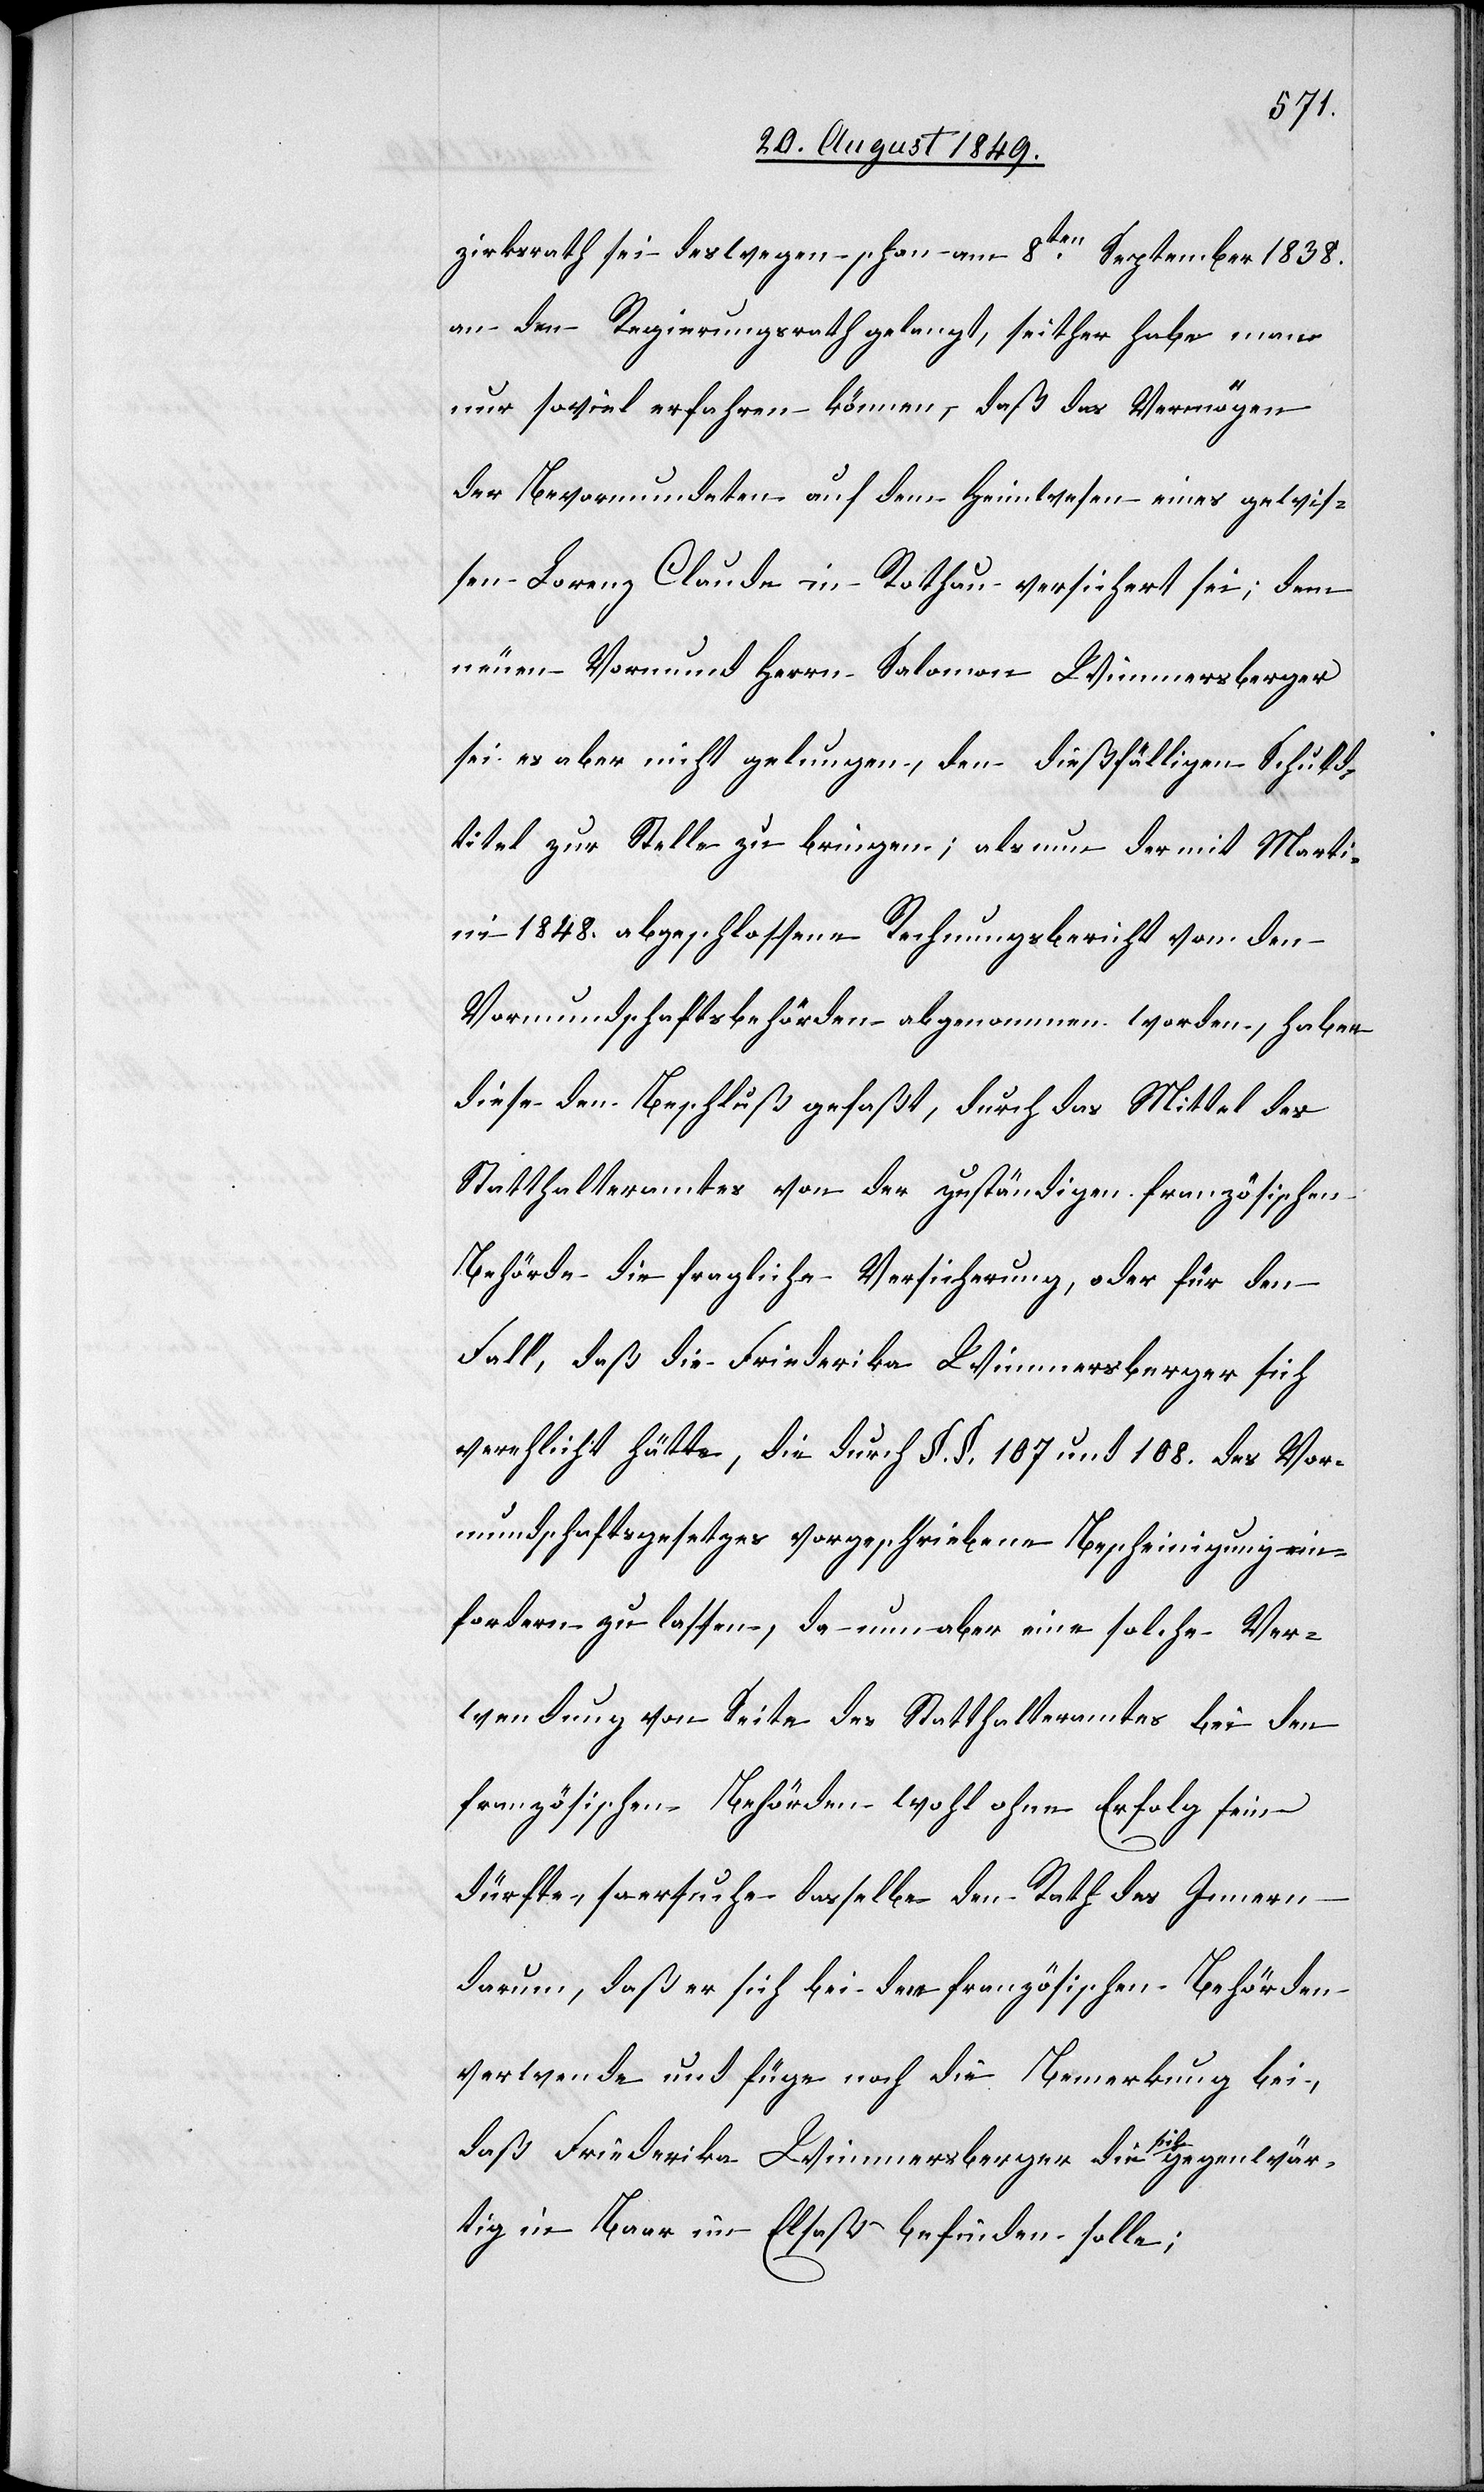
zirksrath sei deswegen am 8ten September 1838.
an den Regierungsrath gelangt, seither habe man
nur soviel erfahren können, daß das Vermögen
der Bevormundeten auf dem Heimwesen eines gewis¬
sen Lorenz Claude in Rothau versichert sei; dem
neuen Vormund Herrn Salomon Wimmersberger
sei es aber nicht gelungen, den dießfälligen Schuld¬
titel zur Stelle zu bringen; als nun der mit Marti¬
ni 1848. abgeschlossene Rechnungsbericht von den
Vormundschaftsbehörden abgenommen worden, haben
diese den Beschluß gefaßt, durch das Mittel des
Statthalteramtes von der zuständigen französischen
Behörde die fragliche Versicherung, oder für den
Fall, daß die Friederika Wimmersberger sich
verehlicht hatte, die durch §.§. 107. und 108. des Vor¬
mundschaftsgesetzes vorgeschriebene Bescheinigung ein¬
fordern zu lassen, da nun aber eine solche Ver¬
wendung von Seite des Statthalteramtes bei den
französischen Behörden wohl ohne Erfolg sein
dürfte, so ersuche dasselbe den Rath des Innern
darum, daß er sich bei den französischen Behörden
verwende und füge noch die Bemerkung bei,
daß Friederika Wimmersberger die [sic!]
in Baar im Elsaß befinden solle;